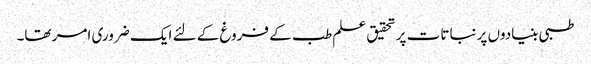
طبی بنیادوں پر نباتات پر تحقیق علم طب کے فروغ کے لئے ایک ضروری امر تھا۔